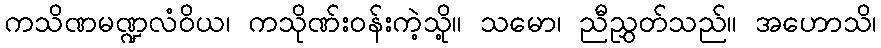
ကသိဏမဏ္ဍလံဝိယ၊ ကသိုဏ်းဝန်းကဲ့သို့။ သမော၊ ညီညွှတ်သည်။ အဟောသိ၊